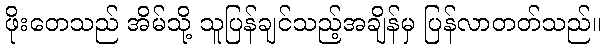
ဖိုးတေသည် အိမ်သို့ သူပြန်ချင်သည့်အချိန်မှ ပြန်လာတတ်သည်။